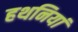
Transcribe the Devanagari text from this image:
हथनियां